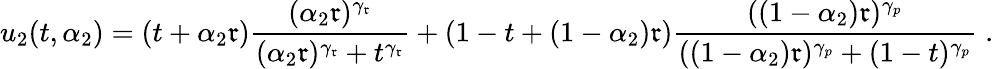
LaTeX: u_{2}(t,\alpha_{2})=(t+\alpha_{2}\mathfrak{r})\frac{{(\alpha_{2}\mathfrak{r})^{\gamma_{\mathfrak{r}}}}}{{(\alpha_{2}\mathfrak{r})^{\gamma_{\mathfrak{r}}}+t^{\gamma_{\mathfrak{r}}}}}+\left(1-t+(1-\alpha_{2})\mathfrak{r}\right)\frac{{((1-\alpha_{2})\mathfrak{r})^{\gamma_{p}}}}{{((1-\alpha_{2})\mathfrak{r})^{\gamma_{p}}+(1-t)^{\gamma_{p}}}}\; .